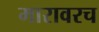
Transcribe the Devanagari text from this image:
मारावरच